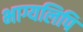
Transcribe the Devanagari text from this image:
भाग्यलिपि